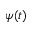
\psi ( t )